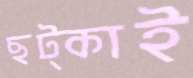
ছট্‌কাই